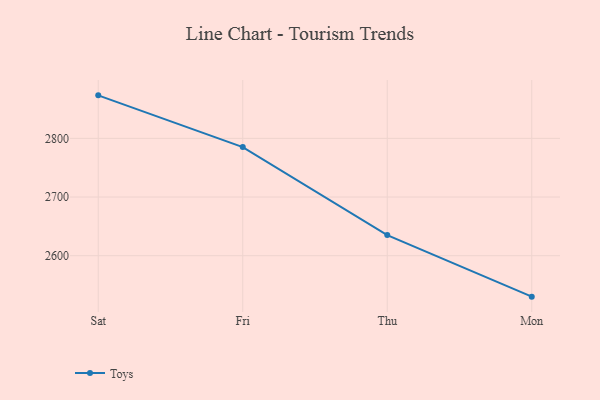
{"axis": {"x": "Day", "y": "Production Output"}, "legend": ["Toys"], "data": [{"x": "Sat", "y": 2873.3, "type": "Toys"}, {"x": "Fri", "y": 2785.2, "type": "Toys"}, {"x": "Thu", "y": 2635.1, "type": "Toys"}, {"x": "Mon", "y": 2530.2, "type": "Toys"}]}